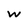
Character: W